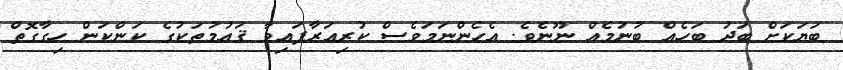
ބަޔަކަށް ބަދު ބަހެއް ބުނުމެއް ނޫނެވެ. އެހެންނަމަވެސް ކުރިއަރާފައިވާ ޤައުމުތަކުގެ ކަންކަން ހިގާގޮތް